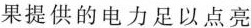
果提供的电力足以点亮